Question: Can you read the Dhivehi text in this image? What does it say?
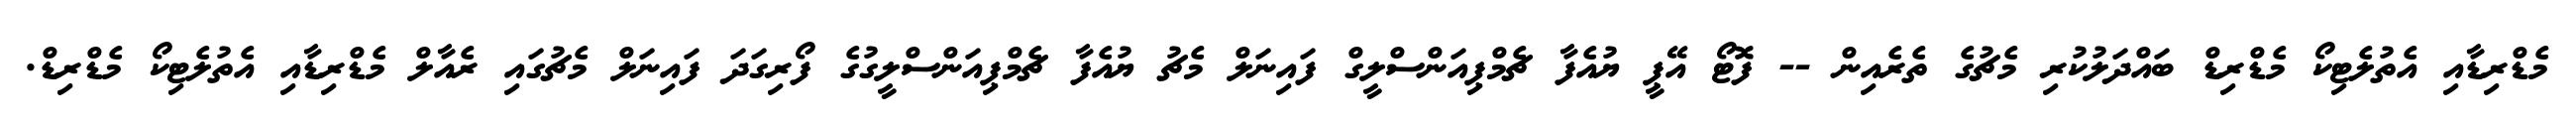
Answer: މެޑްރިޑާއި އެތުލެޓިކޯ މެޑްރިޑް ބައްދަލުކުރި މެޗުގެ ތެރެއިން -- ފޮޓޯ އޭޕީ ޔުއެފާ ޗެމްޕިއަންސްލީގް ފައިނަލް މެޗު ޔުއެފާ ޗެމްޕިއަންސްލީގުގެ ފޯރިގަދަ ފައިނަލް މެޗުގައި ރެއާލް މެޑްރިޑާއި އެތުލެޓިކޯ މެޑްރިޑް.